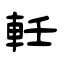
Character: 軠